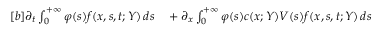
\begin{array} { r } { \begin{array} { r l } { [ b ] \partial _ { t } \int _ { 0 } ^ { + \infty } \varphi ( s ) f ( x , s , t ; Y ) \, d s } & { { } + \partial _ { x } \int _ { 0 } ^ { + \infty } \varphi ( s ) c ( x ; Y ) V ( s ) f ( x , s , t ; Y ) \, d s } \end{array} } \end{array}